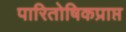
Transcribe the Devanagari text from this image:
पारितोषिकप्राप्त